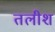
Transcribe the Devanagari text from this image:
तलीश